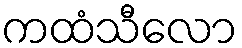
ကထံသီလော